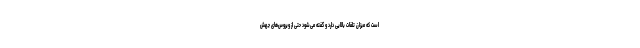
است که میزان تلفات بالایی دارد و گفته می‌شود حتی از ویروس‌های جهش